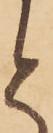
と